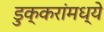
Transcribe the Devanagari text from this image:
डुक्करांमध्ये